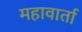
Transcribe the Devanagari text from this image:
महावार्ता